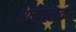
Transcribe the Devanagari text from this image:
आम्रालक